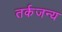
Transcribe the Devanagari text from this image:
तर्कजन्य